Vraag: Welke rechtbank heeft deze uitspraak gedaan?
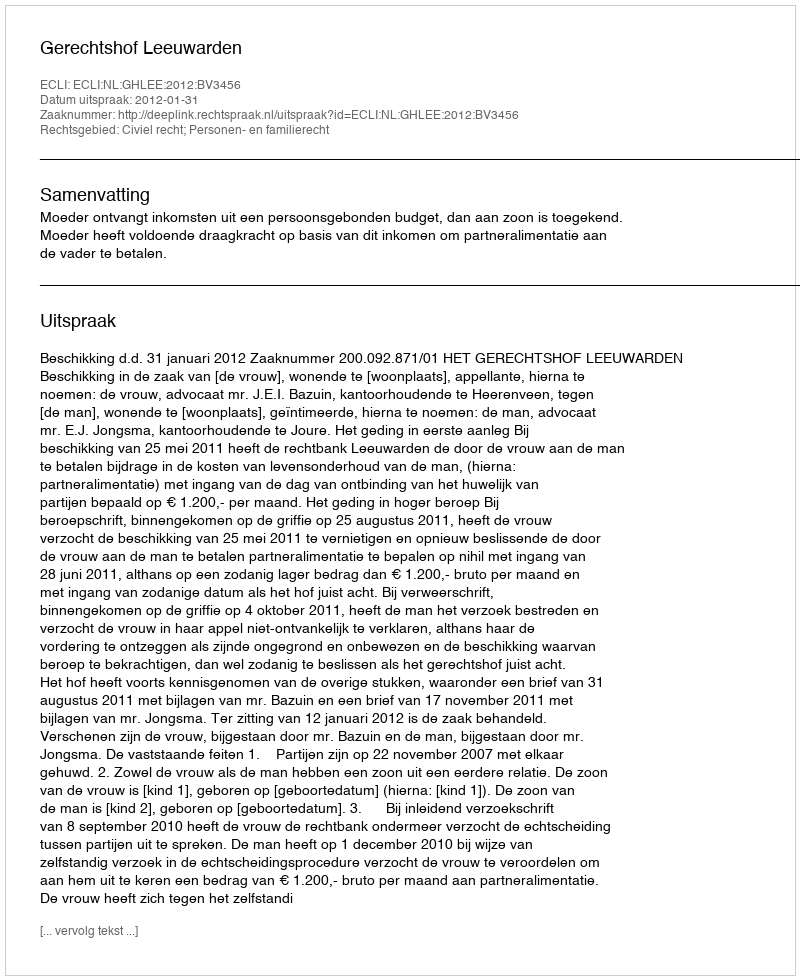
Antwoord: Gerechtshof Leeuwarden